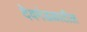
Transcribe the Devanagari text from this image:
देवमंडळातील